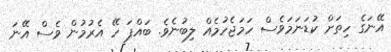
އޭނަގެ ހިތަށް ކުޑަނަމަވެސް ހަމަޖެހުމެއް ލިބުނެވެ. ބައްޕަ ހޭ އެރުމުން ވެސް އޭނަ